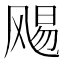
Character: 𮸻